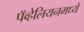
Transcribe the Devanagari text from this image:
पॅव्हेलियनमध्ये